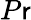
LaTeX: P\mathsf{r}